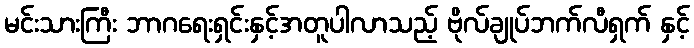
မင်းသားကြီး ဘာဂရေးရှင်းနှင့်အတူပါလာသည့် ဗိုလ်ချုပ်ဘက်လီရှက် နှင့်